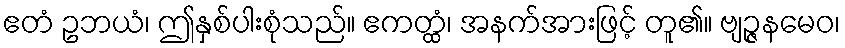
ဧတံ ဥဘယံ၊ ဤနှစ်ပါးစုံသည်။ ဧကတ္ထံ၊ အနက်အားဖြင့် တူ၏။ ဗျဉ္ဇနမေဝ၊